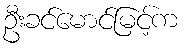
ဦးခင်မောင်မြင့်က